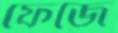
ফেজে